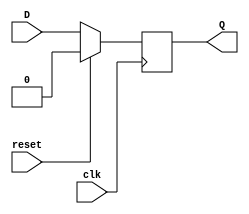
`timescale 1ns / 1ps
//////////////////////////////////////////////////////////////////////////////////
// Company: 
// Engineer: 
// 
// Design Name: 
// Module Name: DFlipFlopSyncReset
// Project Name: 
// Target Devices: 
// Tool Versions: 
// Description: 
// 
// Dependencies: 
// 
// Revision:
// Revision 0.01 - File Created
// Additional Comments:
// 
//////////////////////////////////////////////////////////////////////////////////


module DFlipFlopSyncReset(
input wire D,
input wire clk,
input wire reset,
output reg Q
);
always @(posedge clk) begin
if (reset) begin
Q <= 0;
end else begin
Q <= D;
end
end
endmodule